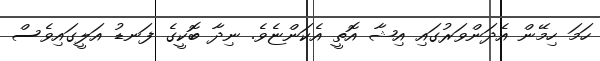
ހަމަ ހިމޭން އެދަންވަރުގައި އިޝާ އޮތީ އެކަންޏެވެ. ނިދާ ބޮކީގެ ފަނޑު އަލީގައިވެސް